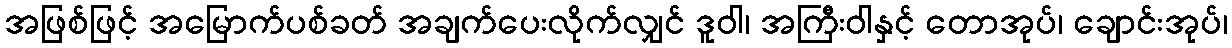
အဖြစ်ဖြင့် အမြောက်ပစ်ခတ် အချက်ပေးလိုက်လျှင် ဒူဝါ၊ အကြီးဝါနှင့် တောအုပ်၊ ချောင်းအုပ်၊